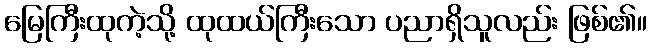
မြေကြီးထုကဲ့သို့ ထုထယ်ကြီးသော ပညာရှိသူလည်း ဖြစ်၏။